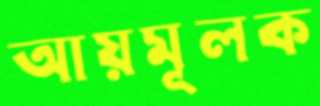
আয়মূলক